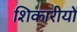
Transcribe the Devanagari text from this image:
शिकारीयों